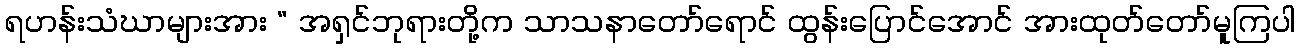
ရဟန်းသံဃာများအား “ အရှင်ဘုရားတို့က သာသနာတော်ရောင် ထွန်းပြောင်အောင် အားထုတ်တော်မူကြပါ